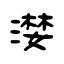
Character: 漤